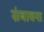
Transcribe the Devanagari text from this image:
संबावना